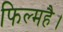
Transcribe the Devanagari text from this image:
फिल्महै।